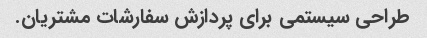
طراحی سیستمی برای پردازش سفارشات مشتریان.